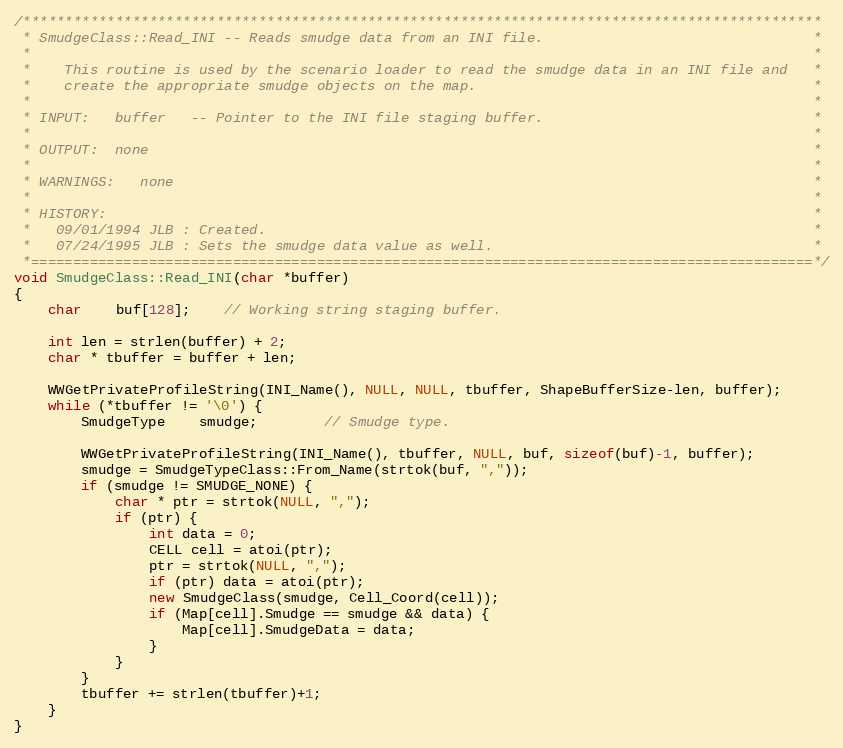
Language: C++
/***********************************************************************************************
 * SmudgeClass::Read_INI -- Reads smudge data from an INI file.                                *
 *                                                                                             *
 *    This routine is used by the scenario loader to read the smudge data in an INI file and   *
 *    create the appropriate smudge objects on the map.                                        *
 *                                                                                             *
 * INPUT:   buffer   -- Pointer to the INI file staging buffer.                                *
 *                                                                                             *
 * OUTPUT:  none                                                                               *
 *                                                                                             *
 * WARNINGS:   none                                                                            *
 *                                                                                             *
 * HISTORY:                                                                                    *
 *   09/01/1994 JLB : Created.                                                                 *
 *   07/24/1995 JLB : Sets the smudge data value as well.                                      *
 *=============================================================================================*/
void SmudgeClass::Read_INI(char *buffer)
{
	char	buf[128];	// Working string staging buffer.

	int len = strlen(buffer) + 2;
	char * tbuffer = buffer + len;

	WWGetPrivateProfileString(INI_Name(), NULL, NULL, tbuffer, ShapeBufferSize-len, buffer);
	while (*tbuffer != '\0') {
		SmudgeType	smudge;		// Smudge type.

		WWGetPrivateProfileString(INI_Name(), tbuffer, NULL, buf, sizeof(buf)-1, buffer);
		smudge = SmudgeTypeClass::From_Name(strtok(buf, ","));
		if (smudge != SMUDGE_NONE) {
			char * ptr = strtok(NULL, ",");
			if (ptr) {
				int data = 0;
				CELL cell = atoi(ptr);
				ptr = strtok(NULL, ",");
				if (ptr) data = atoi(ptr);
				new SmudgeClass(smudge, Cell_Coord(cell));
				if (Map[cell].Smudge == smudge && data) {
					Map[cell].SmudgeData = data;
				}
			}
		}
		tbuffer += strlen(tbuffer)+1;
	}
}